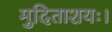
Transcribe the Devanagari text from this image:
मुदिताशयः।